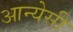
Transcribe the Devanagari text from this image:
आन्येसी